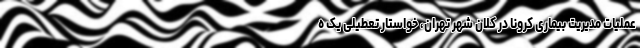
عملیات مدیریت بیماری کرونا در کلان شهر تهران، خواستار تعطیلی یک ه